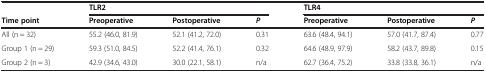
|  | <COLSPAN=3> TLR2 | <COLSPAN=3> TLR4 |
 | Time point | Preoperative | Postoperative | P | Preoperative | Postoperative | P |
 | --- | --- | --- | --- | --- | --- | --- |
 | All (n = 32) | 55.2 (46.0, 81.9) | 52.1 (41.2, 72.0) | 0.31 | 63.6 (48.4, 94.1) | 57.0 (41.7, 87.4) | 0.77 |
 | Group 1 (n = 29) | 59.3 (51.0, 84.5) | 52.2 (41.4, 76.1) | 0.32 | 64.6 (48.9, 97.9) | 58.2 (43.7, 89.8) | 0.15 |
 | Group 2 (n = 3) | 42.9 (34.6, 43.0) | 30.0 (22.1, 58.1) | n/a | 62.7 (36.4, 75.2) | 33.8 (33.8, 36.1) | n/a |